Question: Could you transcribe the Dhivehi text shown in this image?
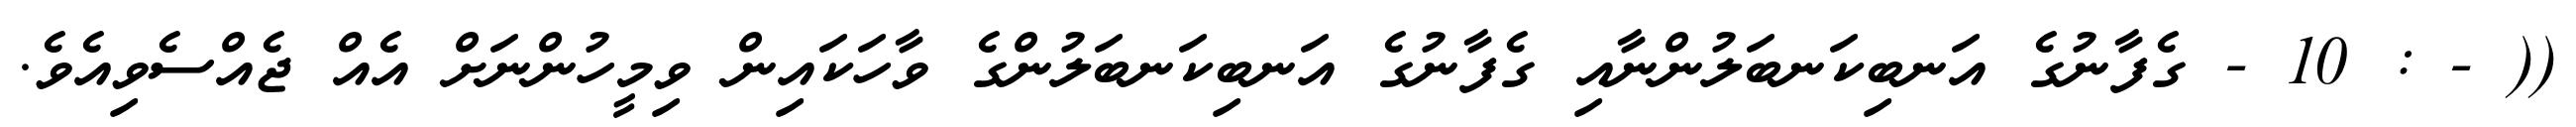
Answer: (( - : 10 - ގެފާނުގެ އަނބިކަނބަލުންނާއި ގެފާނުގެ އަނބިކަނބަލުންގެ ވާހަކައިން ވިމީހުންނަށް އެއް ޖެއްސެވިއެވެ.